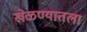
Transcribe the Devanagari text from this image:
खेळण्यातला